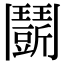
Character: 𩰖